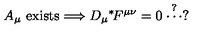
A _ { \mu } \mathrm { \ e x i s t s } \Longrightarrow D _ { \mu } \mathrm { } ^ { * } \! F ^ { \mu \nu } = 0 \stackrel { ? } { \cdots } ?